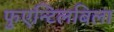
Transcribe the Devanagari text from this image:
फुएन्टिलबिला